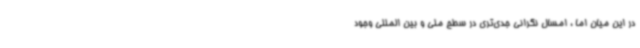
در این میان اما ، امسال نگرانی جدی‌تری در سطح ملی و بین المللی وجود